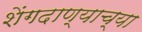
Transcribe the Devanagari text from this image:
शेंगदाण्याच्या